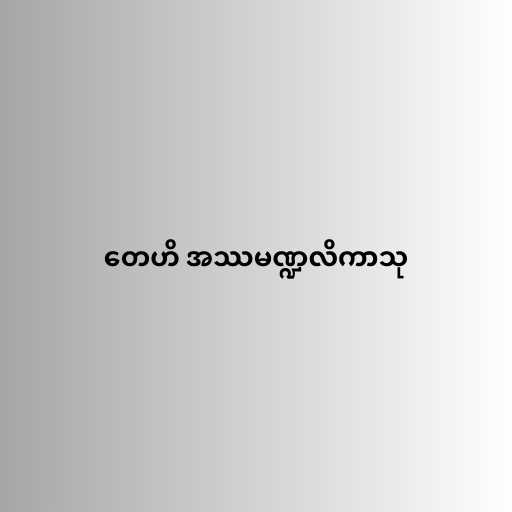
တေဟိ အဿမဏ္ဍလိကာသု